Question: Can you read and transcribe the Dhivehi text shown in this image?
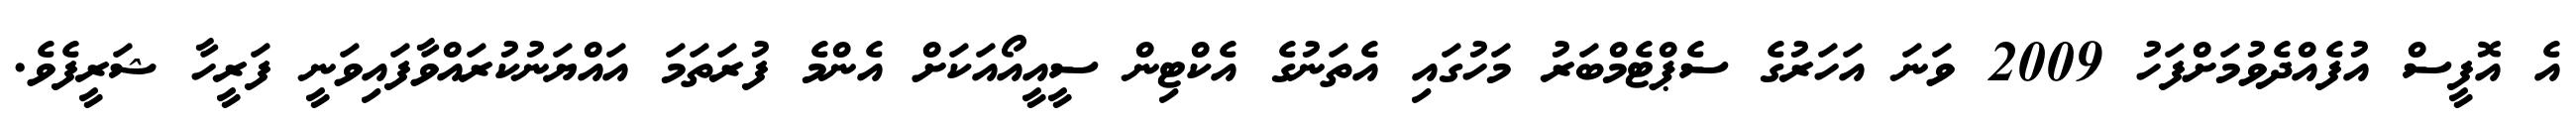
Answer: އެ އޮފީސް އުފެއްދެވުމަށްފަހު 2009 ވަނަ އަހަރުގެ ސެޕްޓެމްބަރު މަހުގައި އެތަނުގެ އެކްޓިން ސީއީއޯއަކަށް އެންމެ ފުރަތަމަ އައްޔަނުކުރައްވާފައިވަނީ ފަރީހާ ޝަރީފެވެ.